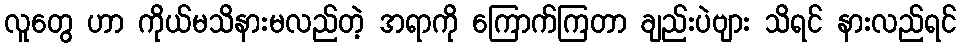
လူတွေ ဟာ ကိုယ်မသိနားမလည်တဲ့ အရာကို ကြောက်ကြတာ ချည်းပဲဗျား သိရင် နားလည်ရင်